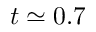
t \simeq 0 . 7